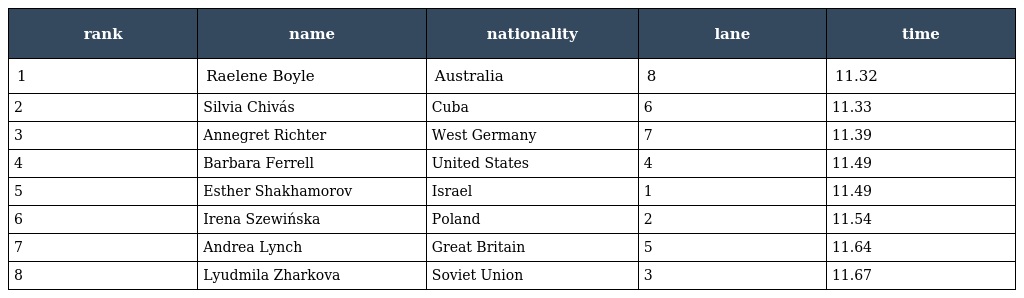
| rank | name | nationality | lane | time |
 | --- | --- | --- | --- | --- |
 | 1 | Raelene Boyle | Australia | 8 | 11.32 |
 | 2 | Silvia Chivás | Cuba | 6 | 11.33 |
 | 3 | Annegret Richter | West Germany | 7 | 11.39 |
 | 4 | Barbara Ferrell | United States | 4 | 11.49 |
 | 5 | Esther Shakhamorov | Israel | 1 | 11.49 |
 | 6 | Irena Szewińska | Poland | 2 | 11.54 |
 | 7 | Andrea Lynch | Great Britain | 5 | 11.64 |
 | 8 | Lyudmila Zharkova | Soviet Union | 3 | 11.67 |